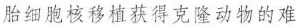
胎细胞核移植获得克隆动物的难